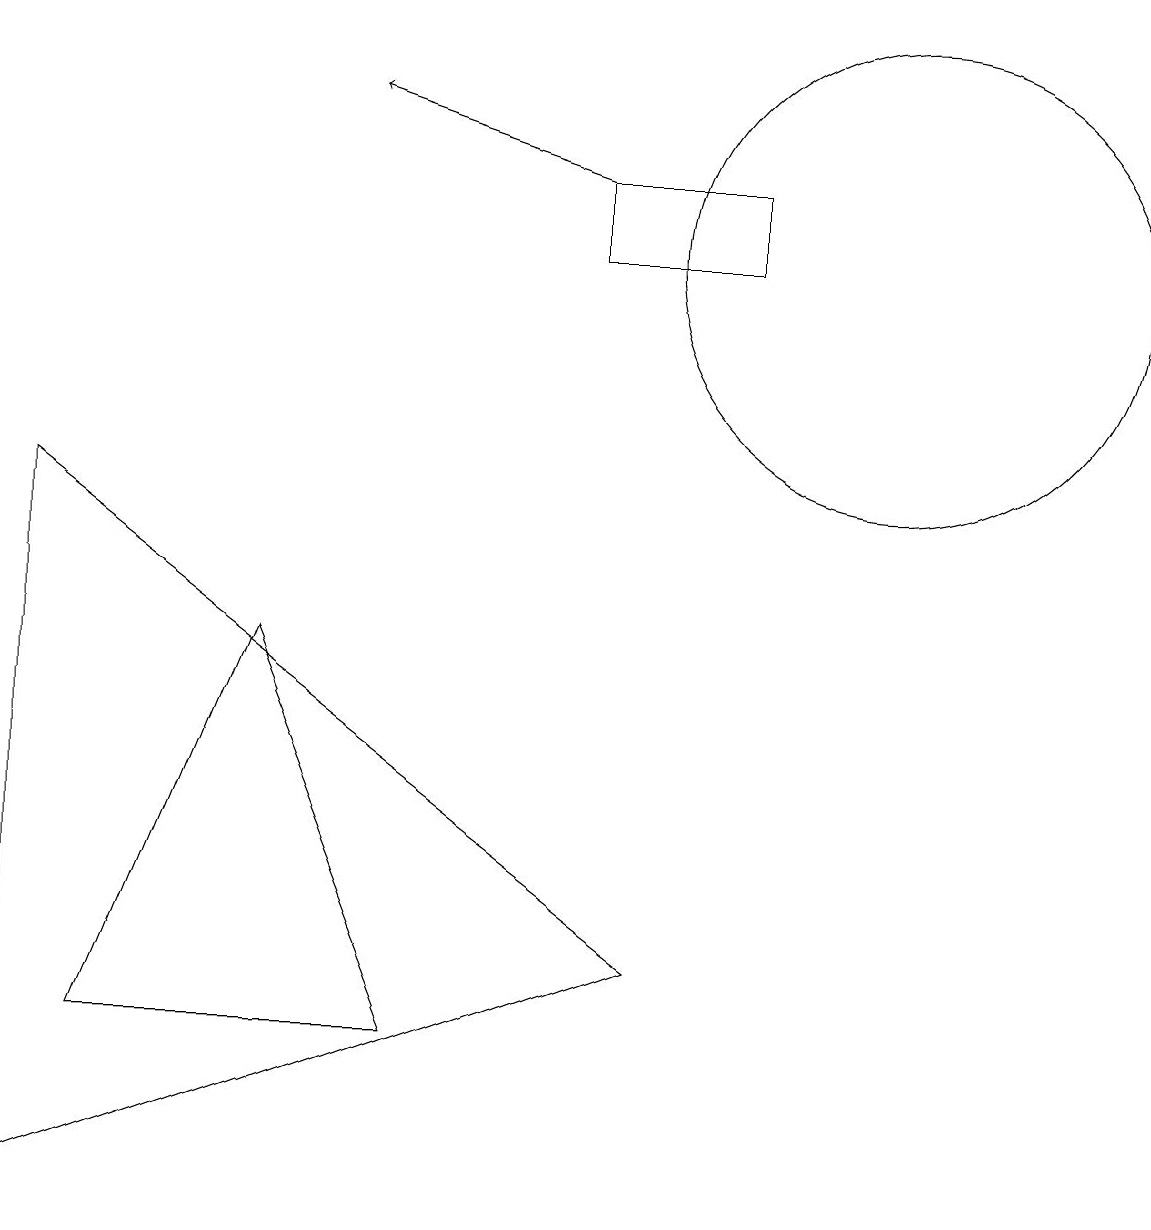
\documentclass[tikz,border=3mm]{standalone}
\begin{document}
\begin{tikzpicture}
\draw (7,13) rectangle (9,12);
\draw (11,12) circle (3);
\draw (3,7) -- (5,2) -- (1,2) -- cycle;
\draw (0,9) -- (8,3) -- (0,0) -- cycle;
\draw[->] (7,13) -- (4,14);
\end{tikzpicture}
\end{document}